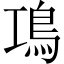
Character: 䲨